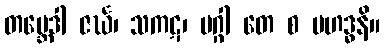
တဗ္ဘေဒါ ဇင်္ဃ၊ သကဋ၊ မဂ္ဂါ တေ စ မဟဒ္ဓနိ။